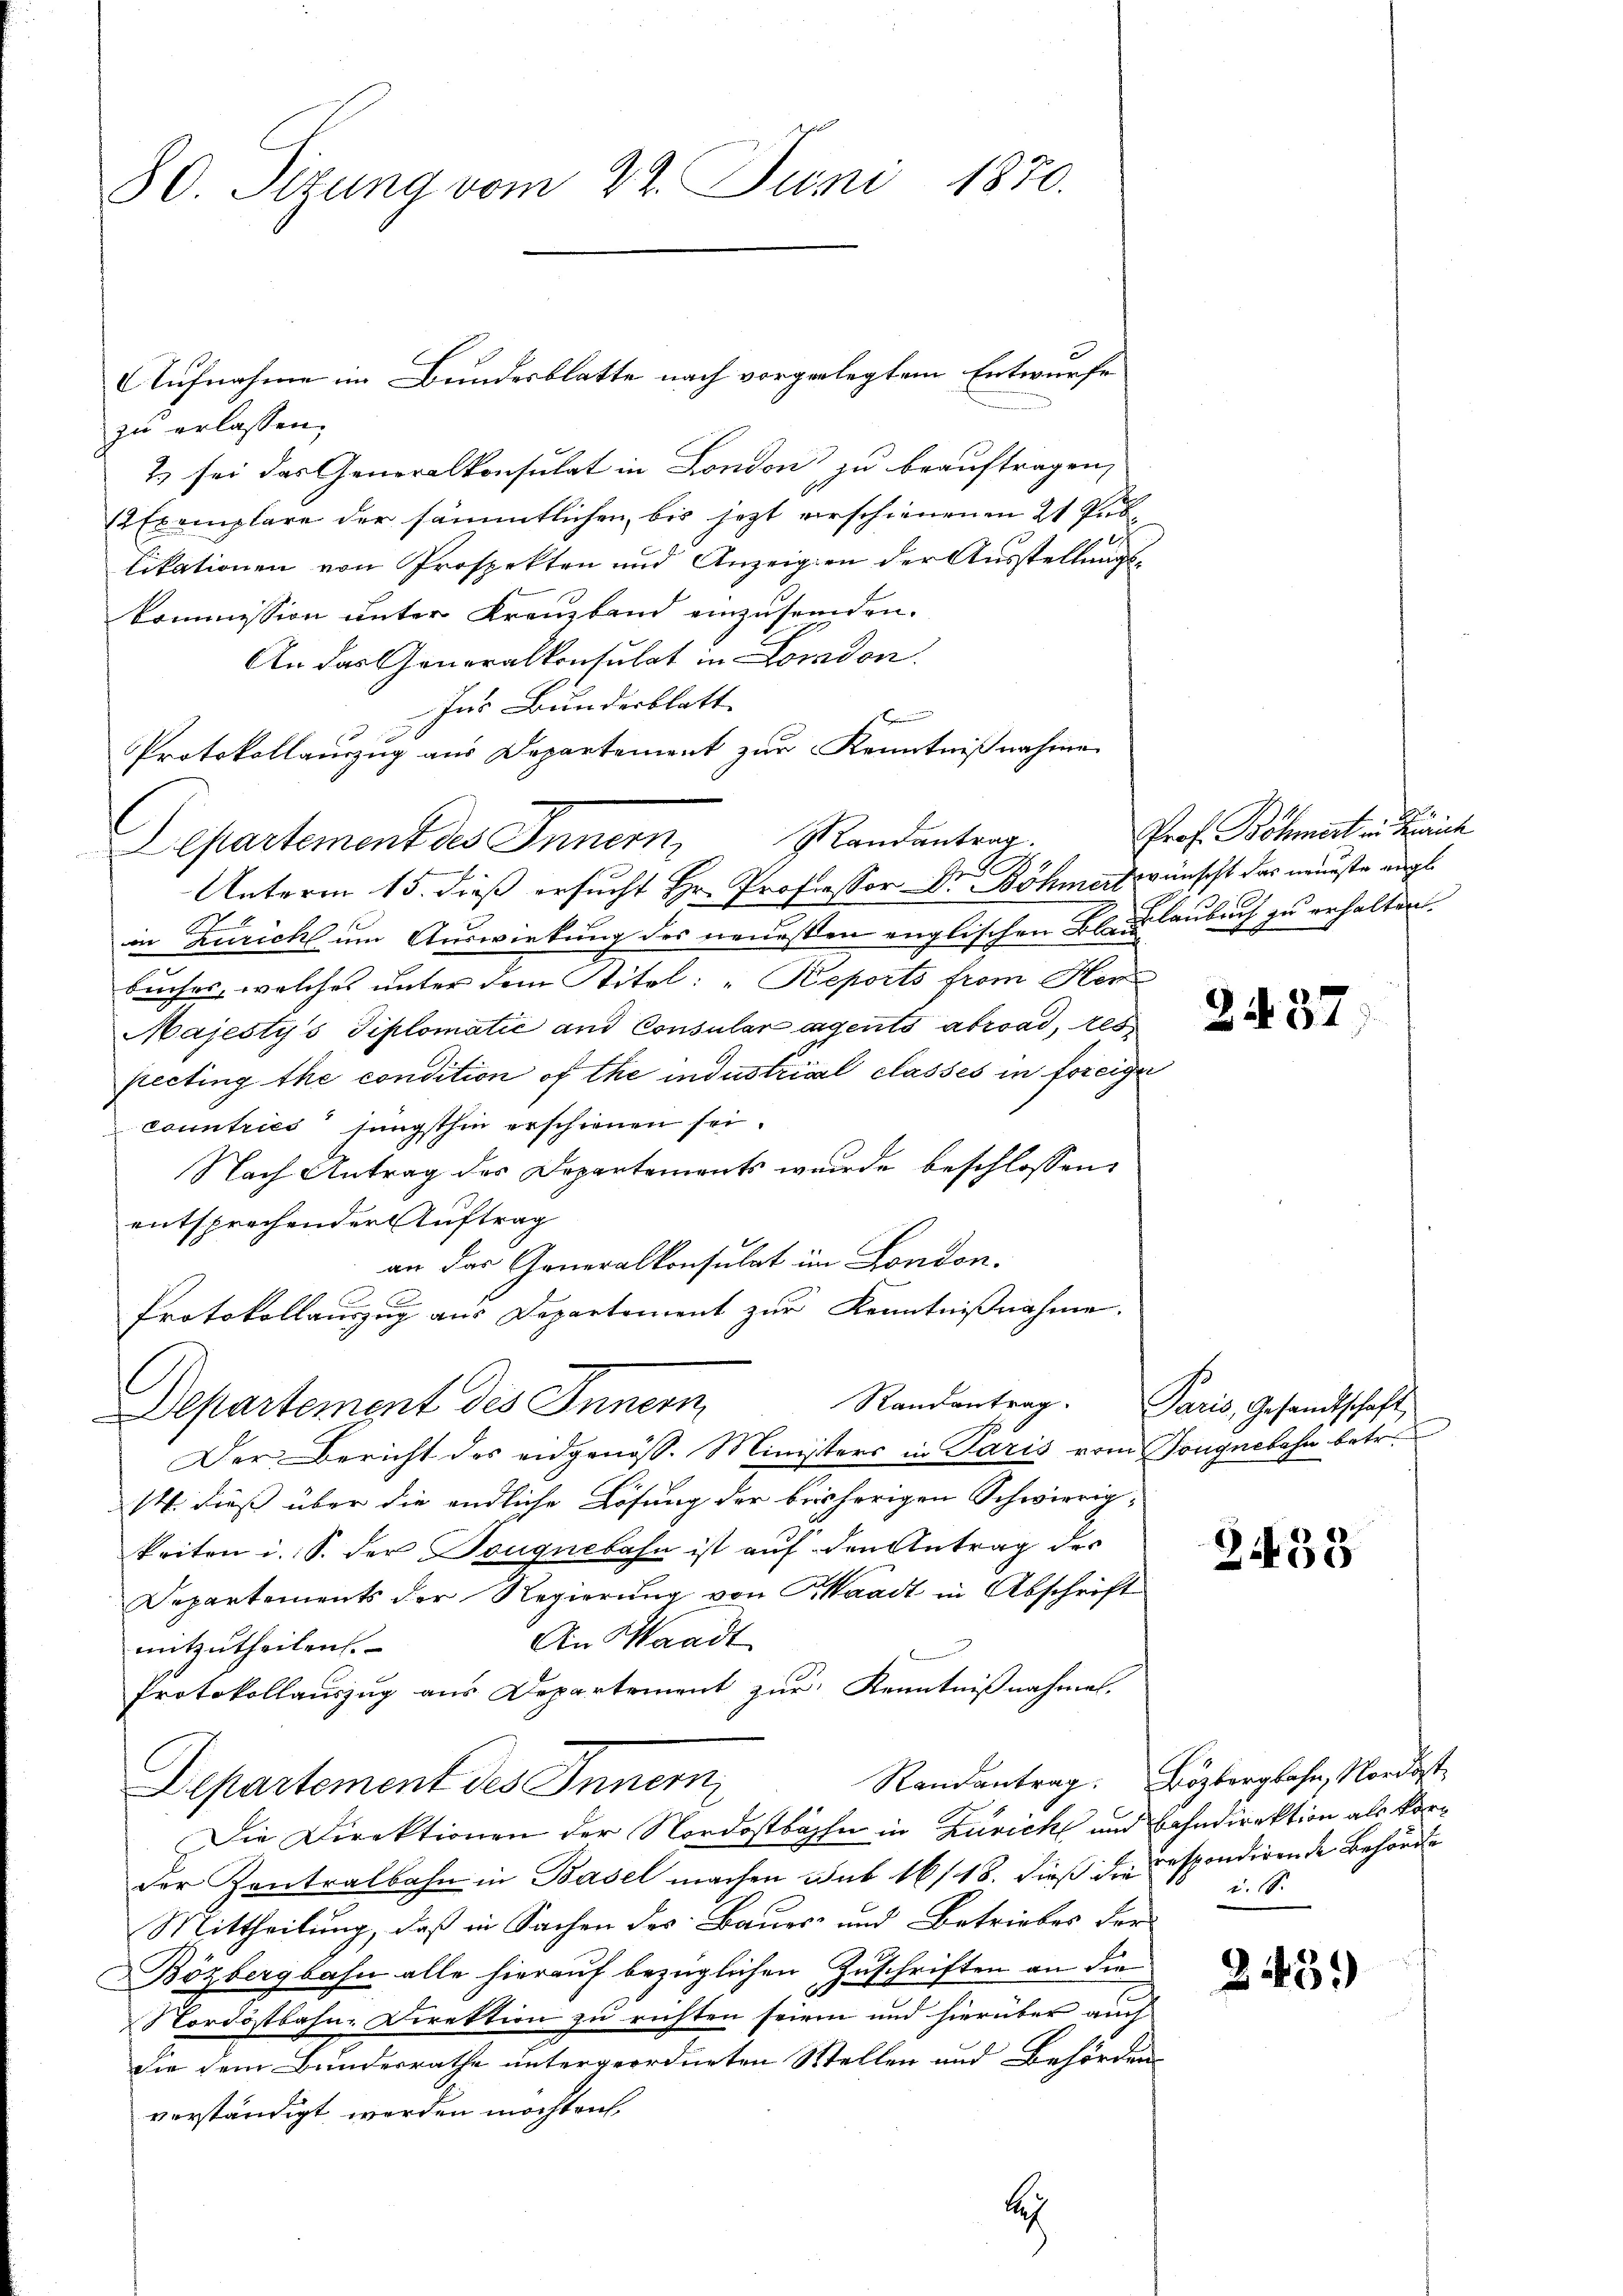
30. Sizung vom 22. Juni 1870.

zu erlassen;
2) sei das Generalkonsulat in London zu beauftragen,
12 Exemplare der sämmtlichen, bis jezt verschienenen 21 Publikationen von Prospekten und Anzeigen der Ausstellungskommission unter Kreuzband einzusenden.
An das Generalkonsulat in London.
Ins Bundesblatt |

Protokollauszug aus Departement zur Kenntnißnahme
Unterm 15. dieß ersucht Hr. Professor Dr Böhmert wünscht das neueste augein Züricht um Auswirkung des neuessen englischen Bleiklaubuch zu erhalten.
buches, welches unter dem Stitel: „Keports from Her
Majesty's Tiplomatić und Consular angents abroad, res
pecting the condition of the industrial classes in foreige
countries jüngsthin erschienen sei.
Nach Antrag des Departements wurde beschlossen:
entsprechender Auftrag
an das Generalkonsulat im London.
Protokollauszug aus Departement zur Kenntnißnahme.
Randantrag. Paris, Gesandtschaft,
Departement des Innern,
Der Bericht des eidgenöss. Ministers in Paris vom Tongnebahn betr.
24. dieß über die endliche Lösung der bisherigen Schwierig-
keiten i. S. der Tougnebahn ist auf den Antrag der
Departements der Regierung von Waadt in Abschrift
An Waadt
mitzutheilen.
Protokollauszug aus Departement zur Kenntnißnahmen.
Departement des Innern
Die Direktionen der Nordostbahn in Zürich und Bahndirektion als Korder Zentralbahn in Basel machen sub 16/18. dieß die respondirende Behörde
Mittheilung, daß in Sachen des Bauer- und Betriebes der
Bözbergbahn alle hierauf bezüglichen Zuschriften an die
Nordostbahn-Direktion zu richten seinen und hierüber auch
die dem Bundesrathe untergeordneten Stellen und Behörden
verständigt werden möchten.
s

Departement des Innern, Randantrag.

Aufnahme im Bundesblatte nach vorgelegtem Entwurfe

Prof. Böhmert in Zürich

2437

2433

Randantrag: Bözbergbahn, Nordost¬
u. S.

2439